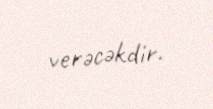
verəcəkdir.